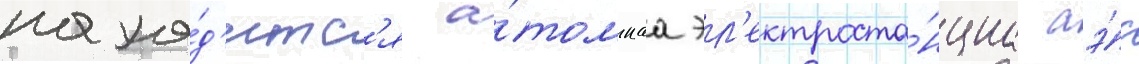
нахо́д'итс'я а́томнаа эл'ектроста́нциа аэ́с